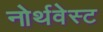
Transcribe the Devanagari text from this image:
नोर्थवेस्ट